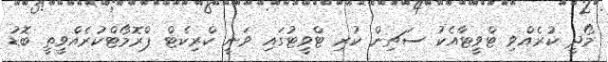
މޯދީ ކުރެއްވި ޓްވީޓާއެކު ސަޗިން ކުރި ޓްވީޓުގައި ވަނީ ކްރިކެޓް ޕްރޮމޯޓްކުރެއްވީތީ ބޮޑު